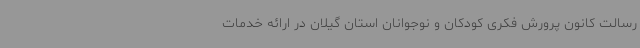
رسالت کانون پرورش فکری کودکان و نوجوانان استان گیلان در ارائه خدمات